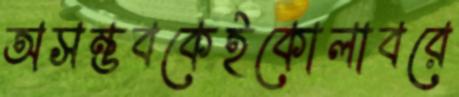
অসম্ভবকেইকোলাবরে